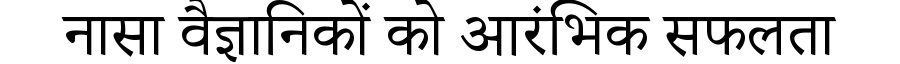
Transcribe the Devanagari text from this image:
नासा वैज्ञानिकों को आरंभिक सफलता